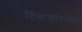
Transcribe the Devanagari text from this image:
टिकवलेला